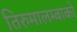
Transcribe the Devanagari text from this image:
तिरुमालम्बाको